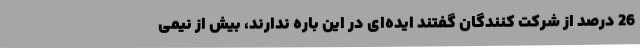
26 درصد از شرکت کنندگان گفتند ایده‌ای در این باره ندارند، بیش از نیمی